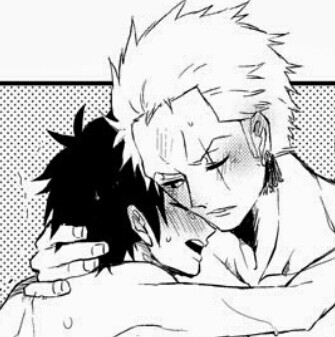
傍邻闻者多叹息，远客思乡皆泪垂。